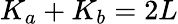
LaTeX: K_{a}+K_{b}=2L